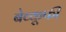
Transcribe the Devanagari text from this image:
बेव्कूफी